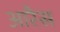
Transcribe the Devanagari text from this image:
आरैस